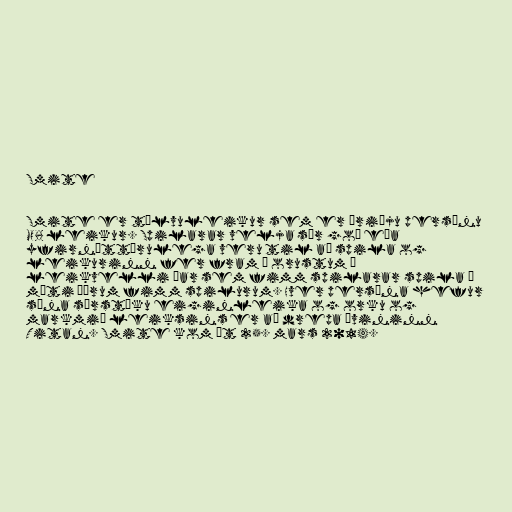
Smite

Smite er tölvuleikur sem er þriðju persónu
MOBA leikur. Spilarar velja sér goð eða
yfirnáttúrulega veru til að spila og
leikurinn fer fram í orustum á
leikvelli þar sem fimm spilarar spila á
móti öðrum fimm spilurum. Hver persóna hefur
sína sérstöku eiginleika og orku og
markmið leiksins er að drepa óvininn
Titan. Smite kom út 25. mars 2014.